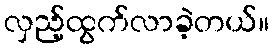
လှည့်ထွက်လာခဲ့တယ်။